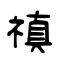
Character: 禛